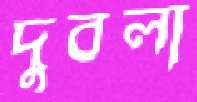
দুবলা